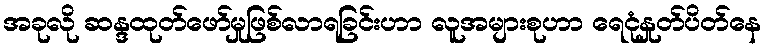
အခုလို ဆန္ဒထုတ်ဖော်မှုဖြစ်လာရခြင်းဟာ လူအများစုဟာ ရေငုံနှုတ်ပိတ်နေ